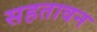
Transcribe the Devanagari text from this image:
सहतावन